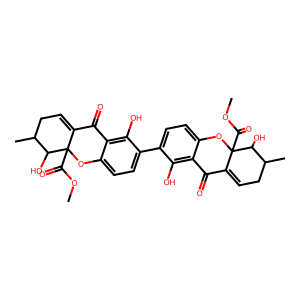
SMILES: COC(=O)C12Oc3ccc(-c4ccc5c(c4O)C(=O)C4=CCC(C)C(O)C4(C(=O)OC)O5)c(O)c3C(=O)C1=CCC(C)C2O
Inhibits HIV replication: No